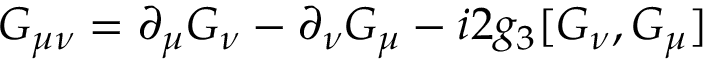
G _ { \mu \nu } = \partial _ { \mu } G _ { \nu } - \partial _ { \nu } G _ { \mu } - i 2 g _ { 3 } [ G _ { \nu } , G _ { \mu } ]